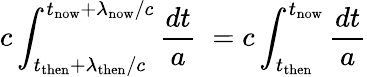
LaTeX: c\int_{t_{\mathrm{then}}+\lambda_{\mathrm{then}}/c}^{t_{\mathrm{now}}+\lambda_{\mathrm{now}}/c}{\frac{dt}{a}}\; =c\int_{t_{\mathrm{then}}}^{t_{\mathrm{now}}}{\frac{dt}{a}}